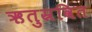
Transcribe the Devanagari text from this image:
ऋतुस्रवित